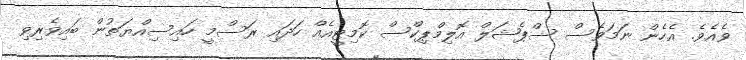
ވެއެވެ. އެހެން ނަމަވެސް ސްޕެޝަލް އޮލިމްޕިކްސް ކޮމިޓީއެއް ހަދައި ރަސްމީ ހައިސިއްޔަތުން ބައިވެރިވި